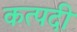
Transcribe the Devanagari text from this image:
कत्पदी